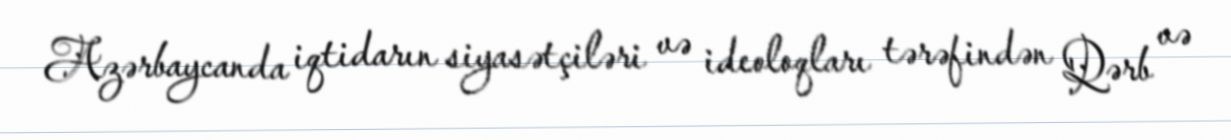
Azərbaycanda iqtidarın siyasətçiləri və ideoloqları tərəfindən Qərb və